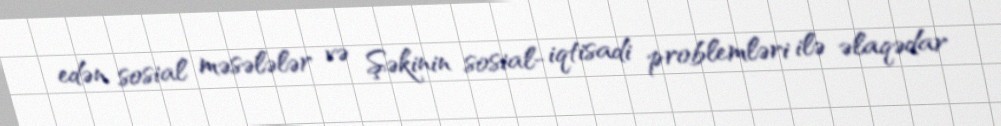
edən sosial məsələlər və Şəkinin sosial- iqtisadi problemləri ilə əlaqədar